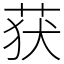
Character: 获